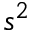
s ^ { 2 }